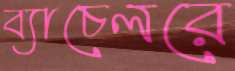
ব্যাচেলরে